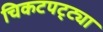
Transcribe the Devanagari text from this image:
चिकटपट्ट्या